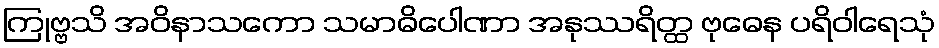
ကြုဗ္ဗသိ အဝိနာသကော သမာဓိပေါဏာ အနုဿရိတ္ထ ဗုဓေန ပရိဝါရေသုံ